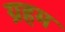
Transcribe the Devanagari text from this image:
ग्रहम